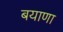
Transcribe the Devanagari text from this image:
बयाणा